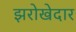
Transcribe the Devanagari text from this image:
झरोखेदार